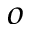
^ o